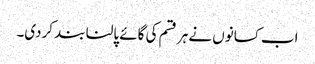
اب کسانوں نے ہر قسم کی گائے پالنا بند کردی۔